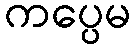
ကပ္ပေမ